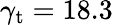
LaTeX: \gamma_{\mathrm{t}}=18.3